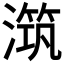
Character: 𣽆